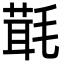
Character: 㲨